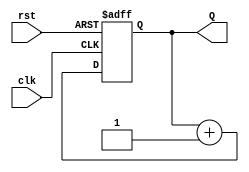
module counter (clk, rst, Q);
	input clk, rst;
	output[0:2] Q;
	reg[0:2] Q;
	
	always @(posedge clk or posedge rst) begin
	if(rst) Q <= 3'b000;
	else Q <= Q + 1;
	end
endmodule